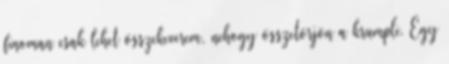
finoman csak lehet összekeverem, nehogy összetörjön a krumpli. Egy